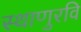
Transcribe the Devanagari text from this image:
स्थाणुरवि